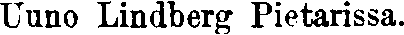
Uuno Lindberg Pietarissa.